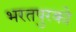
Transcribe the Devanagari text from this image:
भरतपुरको